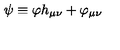
\psi \equiv \varphi h _ { \mu \nu } + \varphi _ { \mu \nu }